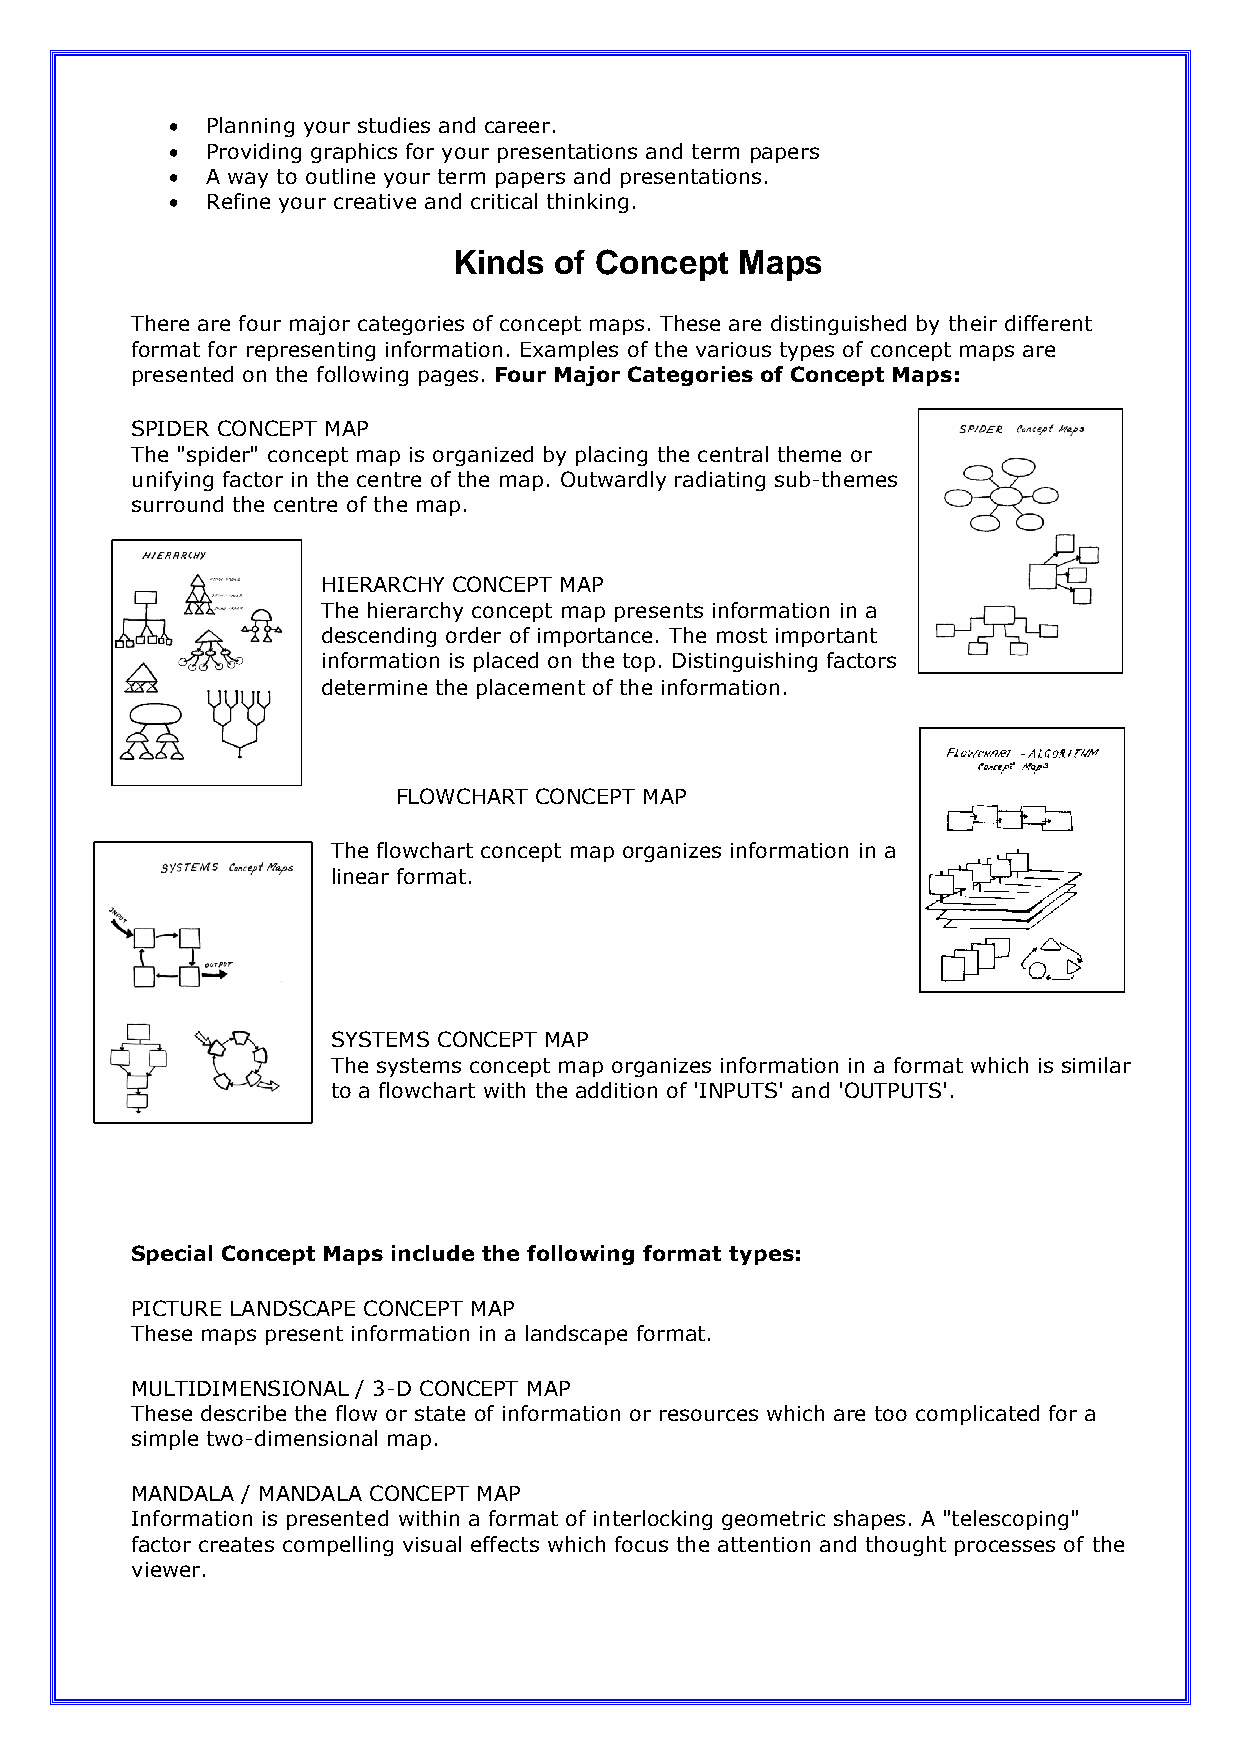
•  Planning your studies and career.
 •  Providing graphics for your presentations and term papers
 •  A way to outline your term papers and presentations.
 •  Refine your creative and critical thinking.
 Kinds  of Concept  Maps
 There are four major categories of concept maps. These are distinguished by their different
 format for representing information. Examples of the various types of concept maps are
 presented on the following pages. Four Major Categories of Concept Maps:
 SPIDER CONCEPT MAP
 The "spider" concept map is organized by placing the central theme or
 unifying factor in the centre of the map. Outwardly radiating sub-themes
 surround the centre of the map.
 HIERARCHY CONCEPT MAP
 The hierarchy concept map presents information in a
 descending order of importance. The most important
 information is placed on the top. Distinguishing factors
 determine the placement of the information.
 FLOWCHART CONCEPT MAP
 The flowchart concept map organizes information in a
 linear format.
 SYSTEMS CONCEPT MAP
 The systems concept map organizes information in a format which is similar
 to a flowchart with the addition of 'INPUTS' and 'OUTPUTS'.
 Special Concept Maps include the following format types:
 PICTURE LANDSCAPE CONCEPT MAP
 These maps present information in a landscape format.
 MULTIDIMENSIONAL / 3-D CONCEPT MAP
 These describe the flow or state of information or resources which are too complicated for a
 simple two-dimensional map.
 MANDALA / MANDALA CONCEPT MAP
 Information is presented within a format of interlocking geometric shapes. A "telescoping"
 factor creates compelling visual effects which focus the attention and thought processes of the
 viewer.